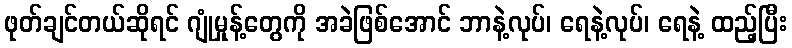
ဖုတ်ချင်တယ်ဆိုရင် ဂျုံမှုန့်တွေကို အခဲဖြစ်အောင် ဘာနဲ့လုပ်၊ ရေနဲ့လုပ်၊ ရေနဲ့ ထည့်ပြီး